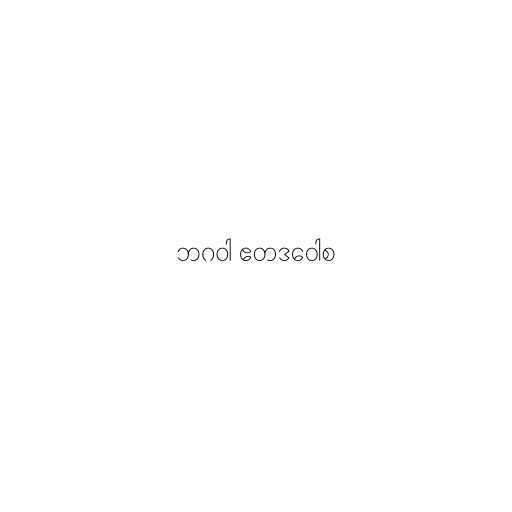
ဘဂဝါ ဧတဒဝေါစ